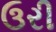
ઉરી